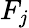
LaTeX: F_{j}